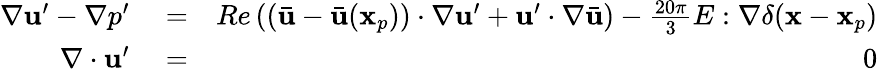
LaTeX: \begin{array}{rlr}{\nabla\mathbf{u}^{\prime}-\nabla p^{\prime}}&{{}=}&{Re\left((\bar{\mathbf{u}}-\bar{\mathbf{u}}(\mathbf{x}_{p}))\cdot\nabla\mathbf{u}^{\prime}+\mathbf{u}^{\prime}\cdot\nabla\bar{\mathbf{u}}\right)-\frac{20\pi}{3}E:\nabla\delta(\mathbf{x}-\mathbf{x}_{p})}\\ {\nabla\cdot\mathbf{u}^{\prime}}&{{}=}&{0}\end{array}